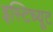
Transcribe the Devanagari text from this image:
इस्‍टिच्‍यूट